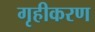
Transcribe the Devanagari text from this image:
गृहीकरण